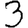
Digit: 3